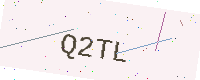
Text: Q2TL